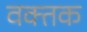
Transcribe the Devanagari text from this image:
वक्तक